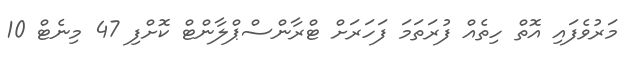
މަރުވެފައި އޮތް ހިތެއް ފުރަތަމަ ފަހަރަށް ޓްރާންސްޕްލާންޓް ކޮށްފި 47 މިނެޓް 10